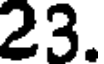
23.